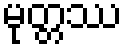
မုတ္တဿ